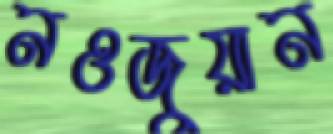
নওজুয়ান